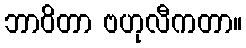
ဘာဝိတာ ဗဟုလီကတာ။